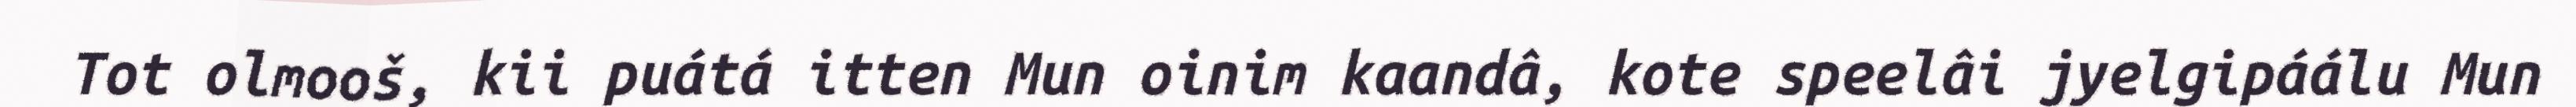
Tot olmooš, kii puátá itten Mun oinim kaandâ, kote speelâi jyelgipáálu Mun